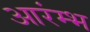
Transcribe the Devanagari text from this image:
आरंम्भ